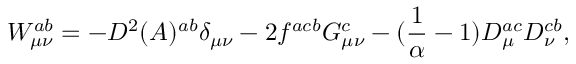
{ \cal { W } } _ { \mu \nu } ^ { a b } = - D ^ { 2 } ( A ) ^ { a b } \delta _ { \mu \nu } - 2 f ^ { a c b } G _ { \mu \nu } ^ { c } - ( { \frac { 1 } { \alpha } } - 1 ) D _ { \mu } ^ { a c } D _ { \nu } ^ { c b } ,